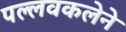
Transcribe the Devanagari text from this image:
पल्लवकलेने